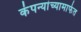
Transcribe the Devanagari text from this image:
कंपन्यांच्यामार्फत